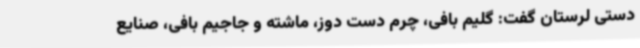
دستی لرستان گفت: گلیم بافی، چرم دست دوز، ماشته و جاجیم بافی، صنایع